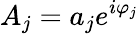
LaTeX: A_{j}=a_{j}e^{i\varphi_{j}}